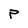
Character: P